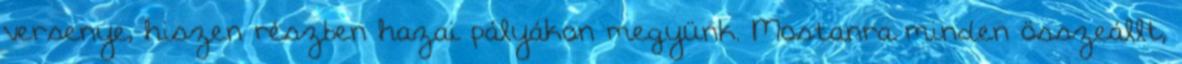
versenye, hiszen részben hazai pályákon megyünk. Mostanra minden összeállt,